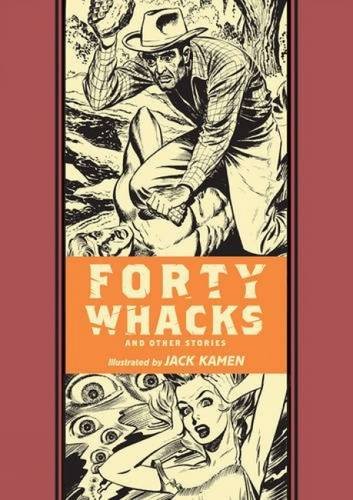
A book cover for Forty Whacks And Other Stories (The EC Comics Library); Jack Kamen; Comics & Graphic Novels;